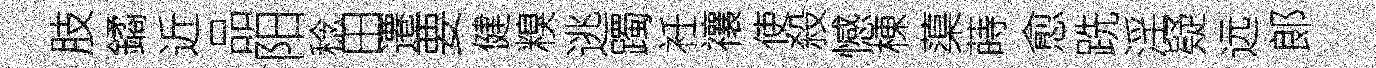
肢鐍近品阳稔田遷要健糗逃躅衽禳使殺憾棟蕖蒔愈跣淫疑远郞